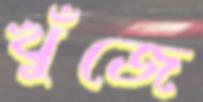
খুঁজে